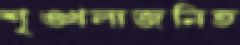
শৃঙ্খলাজনিত